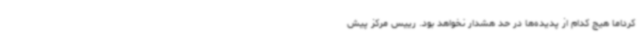
کرداما هیچ کدام از پدیده‌ها در حد هشدار نخواهد بود. رییس مرکز پیش